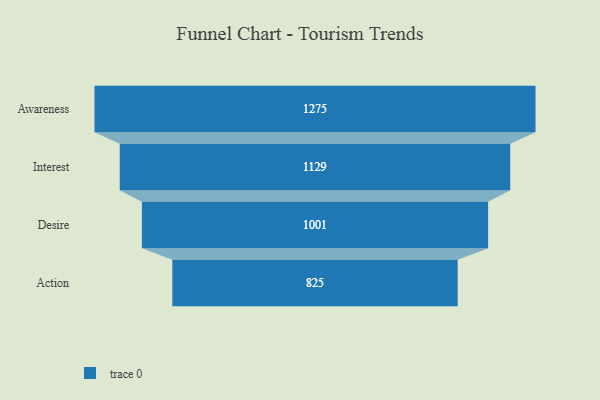
{"axis": {"x": "Stage", "y": "Value"}, "legend": [""], "data": [{"x": "Awareness", "y": 1275.0, "type": ""}, {"x": "Interest", "y": 1129.0, "type": ""}, {"x": "Desire", "y": 1001.0, "type": ""}, {"x": "Action", "y": 825.0, "type": ""}]}